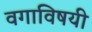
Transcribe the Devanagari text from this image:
वगाविषयी